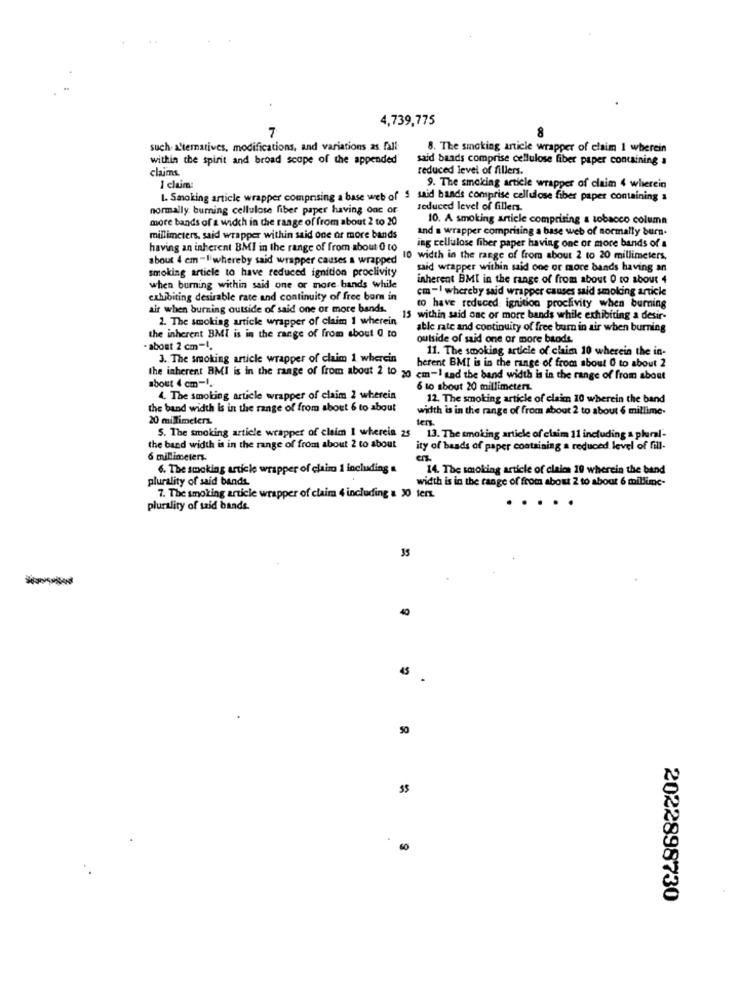
4,739,775
7
such alternatives, modifications, and variations as fall-
8. The smoking article wrapper of claim 1 wherein
within the spirit and broad scope of the appended
said baads comprise cellulose fiber paper containing a
claims.
reduced level of fillers.
1 claim:
9. The smoking article wrapper of claim 4 wherein
1. Smoking article wrapper comprising a base web of $ said bands comprise cellulose fiber paper containing a
normally. burning cellulose fiber paper having one of
reduced level of fillers
more bands of a width in the range of from about 2 to 20
10. A smoking article comprising a tobacco column
and a wrapper comprising a base web of normally burn
millimeters, said wrapper within said one or more bands
having an inherent BMI in the range of from about 0 to
ing cellulose fiber paper having one or more bands of a
about 4 cm -I whereby said wrapper causes a wrapped
10 width in the range of from about 2 to 20 millimeters,
smoking article to have reduced ignition proclivity
said wrapper within said one or more bands having an
inherent BMI in the range of from about 0 to about 4
when burning within said one or more bands while
cm -! whereby said wrapper causes said smoking article
exhibiting desirable rate and continuity of free bam in
air when burning outside of said one or more bands.
to have reduced ignition proclivity when burning
2. The smoking article wrapper of claim 1 wherein
15 within said one or more bands while exhibiting a desir-
able rate and continuity of free burn in air when burning
the inherent BMI is in the range of from about @ to
outside of said one or more bands.
· about 2 cm-1.
11. The smoking article of claim 10 wherein the in-
3. The smoking article wrapper of claim 1, wherein
berent BMI is in the range of from about 0 to about 2
the inherent BMI is in the range of from about 2 10 20 cm-1 and the band width is in the range of from about
about 4 cm-1.
6 to about 20 millimeters.
4. The smoking article wrapper of claim 2 wherein
12. The smoking article of claim 10 wherein the band
the band width is in the range of from about 6 to about
width is in the range of from about 2 to about 6 millime-
20 millimeters
ter.
S. The smoking article wrapper of claim 1 wherein 25 13. The smoking article of claim 11 including a plural-
the band width is in the range of from about 2 to about
ity of baads of paper containing a reduced level of fill-
6 millimeters.
6. The smoking article wrapper of claim 1 including a
14. The smoking article of claies 10 wherein the band
plurality of said bands.
width is in the range of from about 2 to about 6 millime-
7. The smoking article wrapper of claim 4 including & 30 ters.
plurality of said bands.
40
45
50
55
2022898730